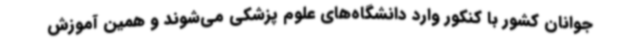
جوانان کشور با کنکور وارد دانشگاه‌های علوم پزشکی می‌شوند و همین آموزش